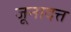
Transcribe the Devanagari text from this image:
जूनादत्त